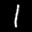
Label: 1